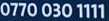
0770 030 1111